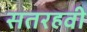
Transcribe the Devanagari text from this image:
सतरहवी